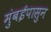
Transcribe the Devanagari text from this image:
मुंबईपासुन